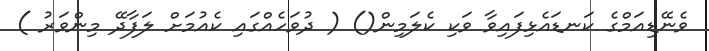
ވެނޭޑިއަމްގެ ކަނޑައެޅިފައިވާ ވަކި ކެލަމިން() ( ދުވަހެއްގައި ކެއުމަށް ލަފާދޭ މިންވަރު )